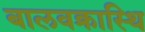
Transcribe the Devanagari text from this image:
बालवक्रास्थि